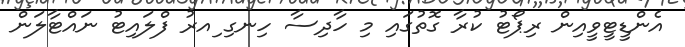
އެންޑީޓީވީއިން ރިޕޯޓު ކުރާ ގޮތުގައި މި ހާދިސާ ހިނގި ިއރު ފްލައިޓު ނައްޓާލަން